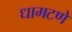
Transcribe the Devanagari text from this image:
धामटणे